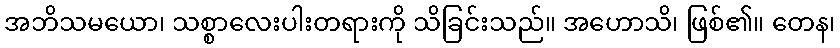
အဘိသမယော၊ သစ္စာလေးပါးတရားကို သိခြင်းသည်။ အဟောသိ၊ ဖြစ်၏။ တေန၊